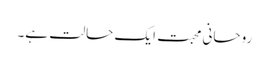
روحانی محبت ایک حالت ہے۔